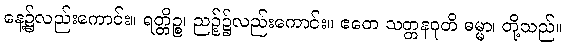
နေ့၌လည်းကောင်း။ ရတ္တိဉ္စ၊ ညဉ့်၌လည်းကောင်း။ ဧတေ သတ္တနဝုတိ ဓမ္မာ၊ တို့သည်။